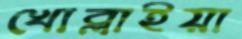
খোব্‌লাইয়া